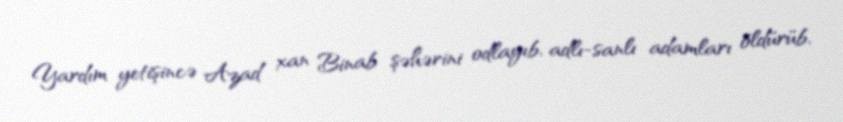
Yardım yetişincə Azad xan Binab şəhərini odlayıb, adlı-sanlı adamları öldürüb,